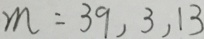
m = 3 9 , 3 , 1 3